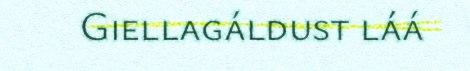
Giellagáldust láá